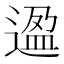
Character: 𬨸